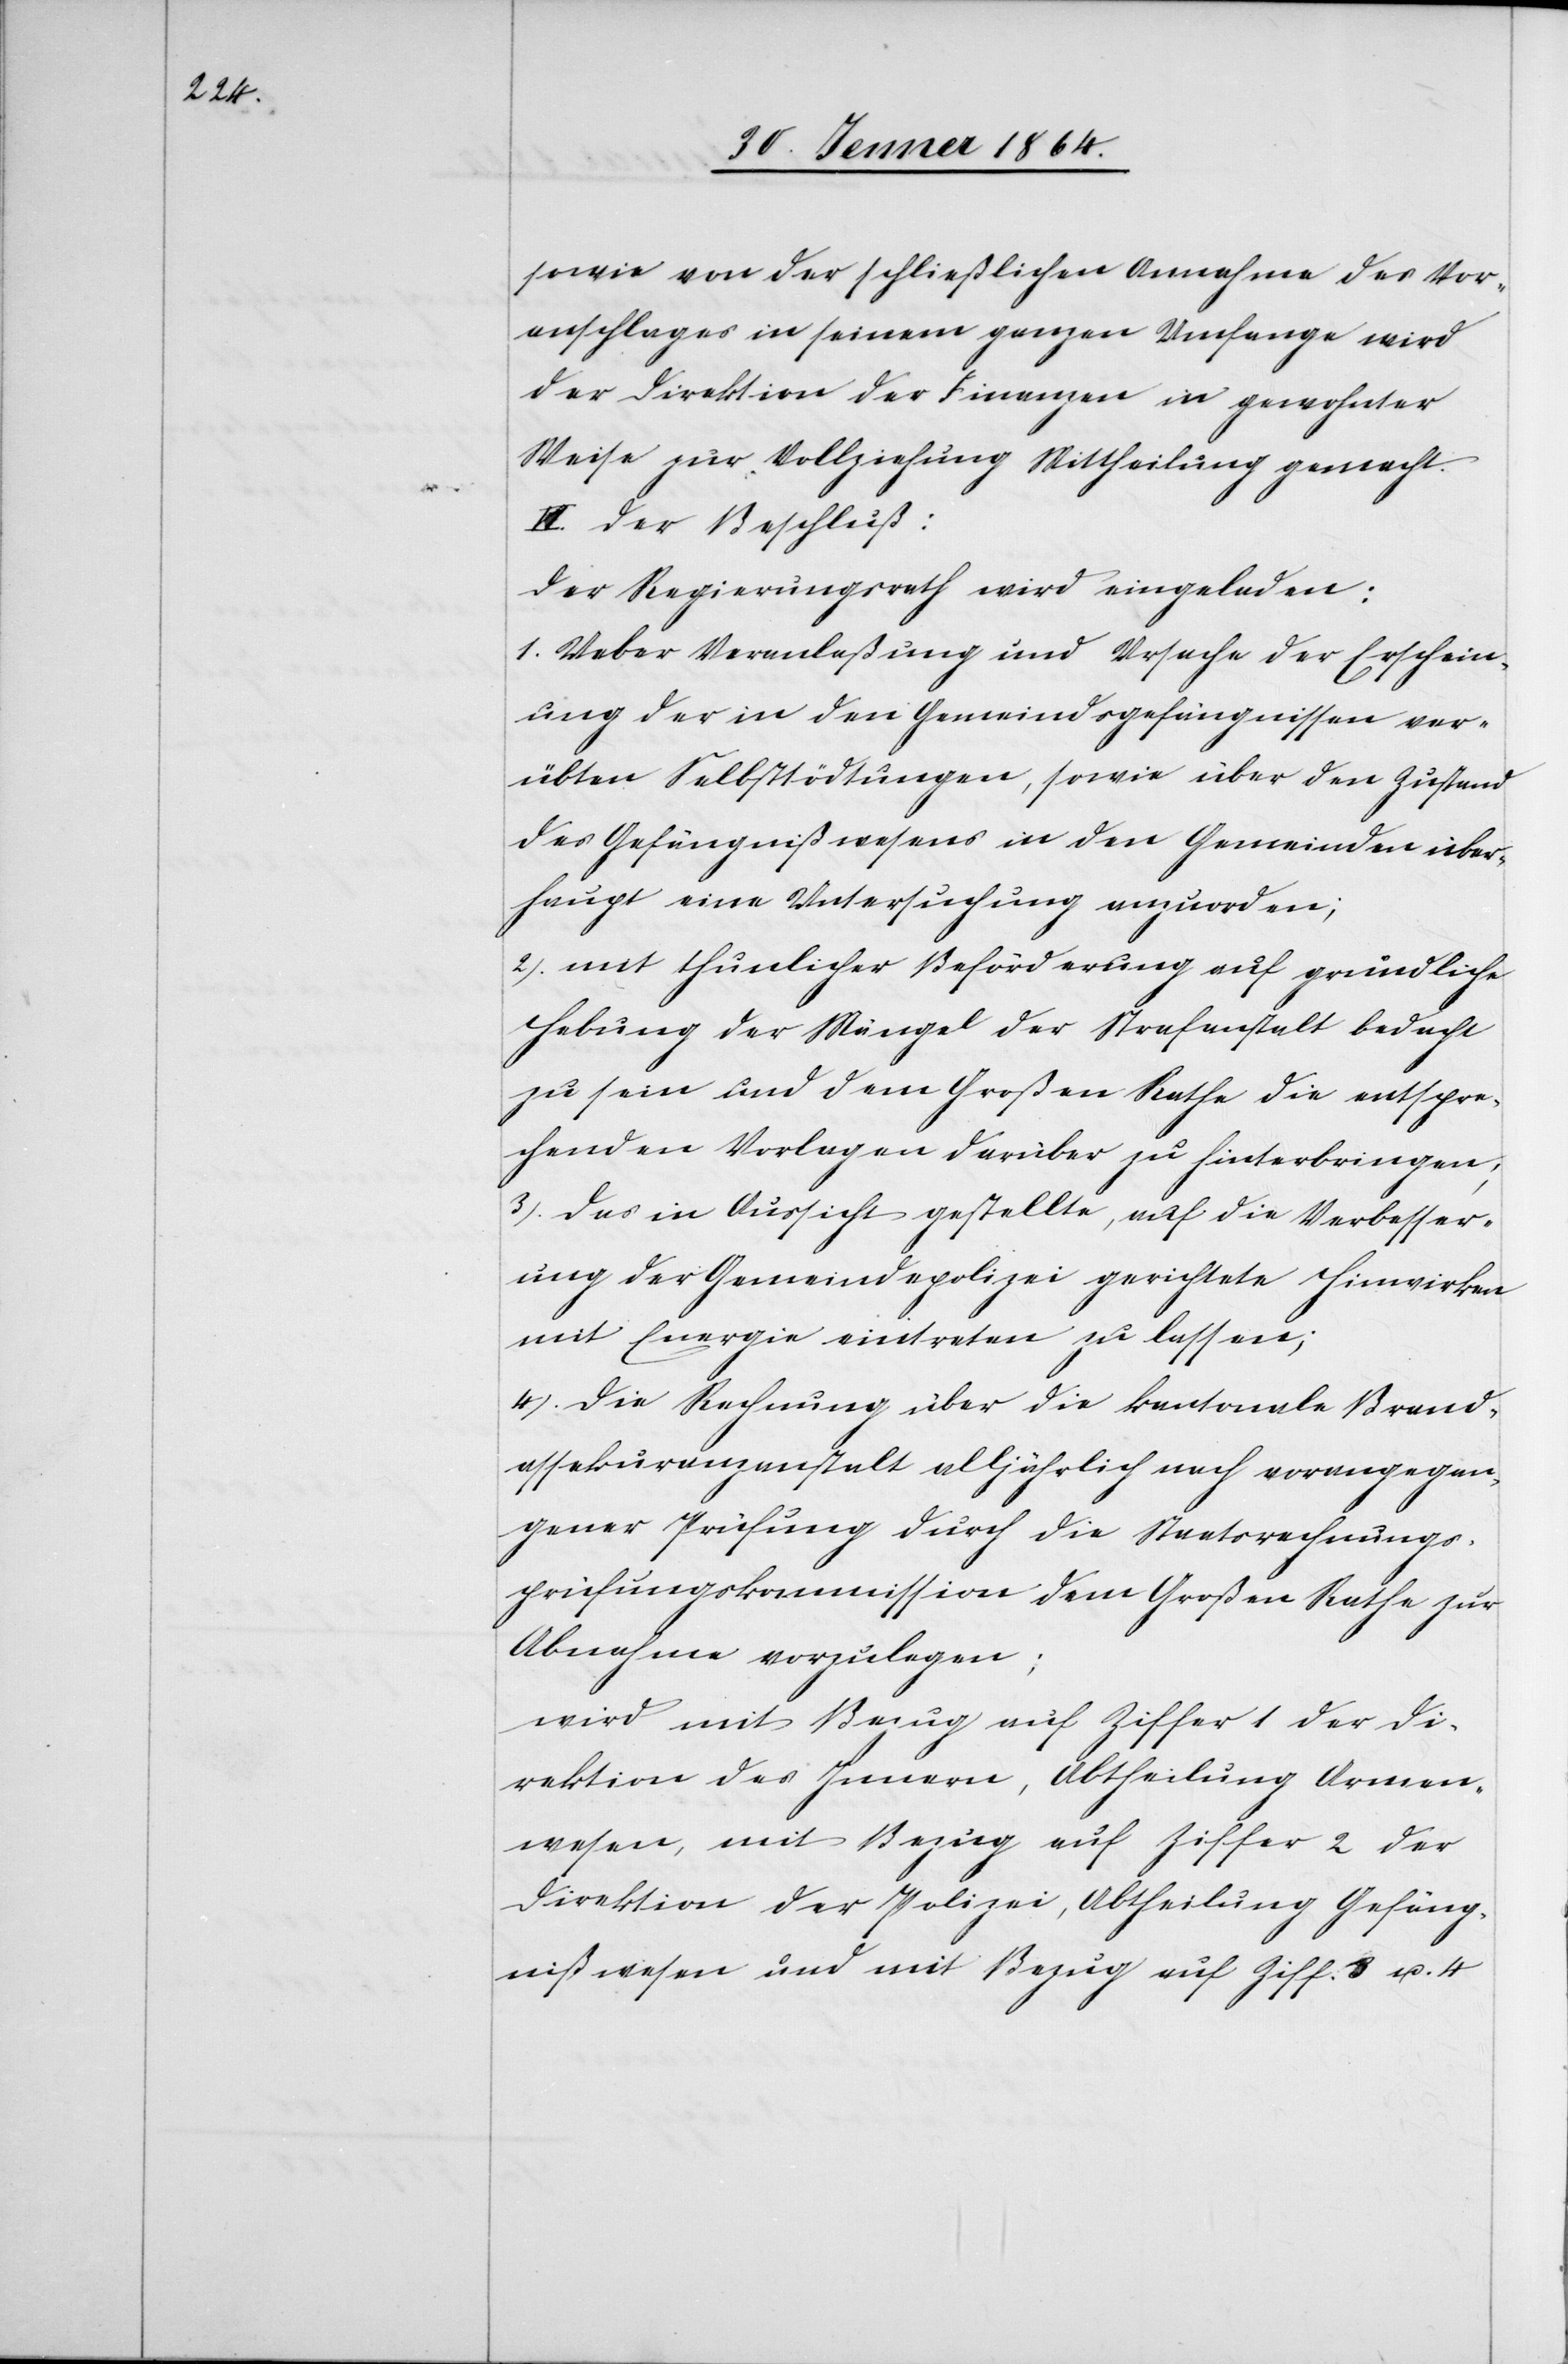
sowie von der schließlichen Annahme des Vor¬
anschlages in seinem ganzen Umfange wird
der Direktion der Finanzen in gewohnter
Weise zur Vollziehung Mittheilung gemacht.
VI. Der Beschluß:
Der Regierungsrath wird eingeladen:
1. Ueber Veranlaßung und Ursache der Erschein¬
ung der in den Gemeindsgefängnissen ver¬
übten Selbsttödtungen, sowie über den Zustand
des Gefängnißwesens in den Gemeinden über¬
haupt eine Untersuchung anzuordnen;
2. mit thunlicher Beförderung auf gründliche
Hebung der Mängel der Strafanstalt bedacht
zu sein und dem Großen Rathe die entspre¬
chenden Vorlagen darüber zu hinterbringen;
3. das in Aussicht gestellte, auf die Verbesser¬
ung der Gemeindepolizei gerichtete Hinwirken
mit Energie eintreten zu lassen;
4. Die Rechnung über die kantonale Brand¬
assekuranzanstalt alljährlich nach vorangegan¬
gener Prüfung durch die Staatsrechnungs¬
prüfungskommission dem Großen Rath zur
Abnahme vorzulegen;
wird mit Bezug auf Ziffer 1 der Di¬
rektion des Innern, Abtheilung Armen¬
wesen, mit Bezug auf Ziffer 2 der
Direktion der Polizei, Abtheilung Gefäng¬
nißwesen und mit Bezug auf Ziff. 3 u. 4.